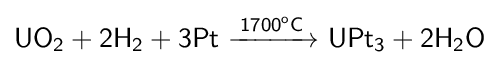
{\mathsf {UO_{2}+2H_{2}+3Pt\ {\xrightarrow {1700^{o}C}}\ UPt_{3}+2H_{2}O}}